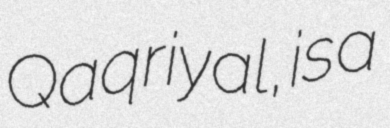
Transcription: Qaqriyal, is a